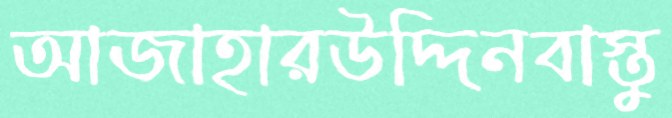
আজাহারউদ্দিনবাস্তু